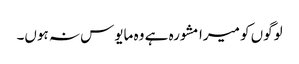
لوگوں کو میرا مشورہ ہے وہ مایوس نہ ہوں۔